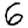
Digit: 6